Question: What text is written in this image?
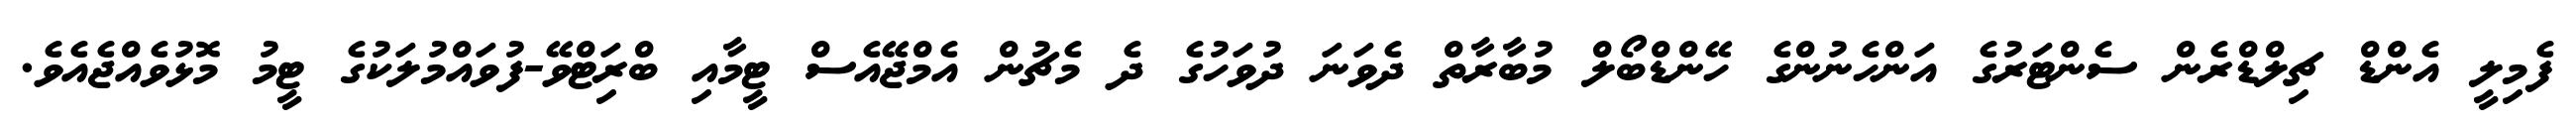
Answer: ފެމިލީ އެންޑް ޗިލްޑްރެން ސެންޓަރުގެ އަންހެނުންގެ ހޭންޑްބޯލް މުބާރާތް ދެވަނަ ދުވަހުގެ ދެ މެޗުން އެމްޖޭއެސް ޓީމާއި ބްރަިޓްވޭ-ފުވައްމުލަކުގެ ޓީމު މޮޅުވެއްޖެއެވެ.